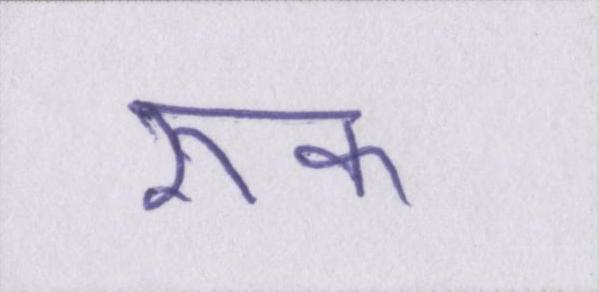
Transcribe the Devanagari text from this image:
रूक